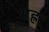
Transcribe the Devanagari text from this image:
शह्र